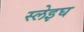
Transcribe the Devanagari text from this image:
स्लेइघ